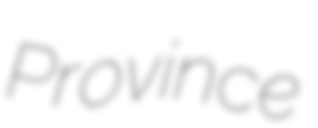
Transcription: Province